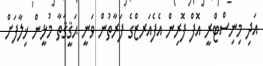
އަދި މިނިސްޓްރީ އޮފް ފޮރިން އެފެއަރޒްގެ ފަރާތުން ވަނީ ޙަޤީޤަތާ މުޅީން ޚިލާފަށް